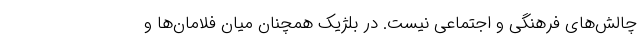
چالش‌های فرهنگی و اجتماعی نیست. در بلژیک همچنان میان فلامان‌ها و